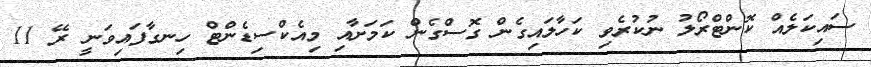
ސައިކަލެއް ކޮންޓްރޯލު ނުކުރެވި ކަހާލައިގެން ގޮސްގެން ކަމަށާއި މިއެކްސިޑެންޓް ހިނގާފައިވަނީ ރޭ 11